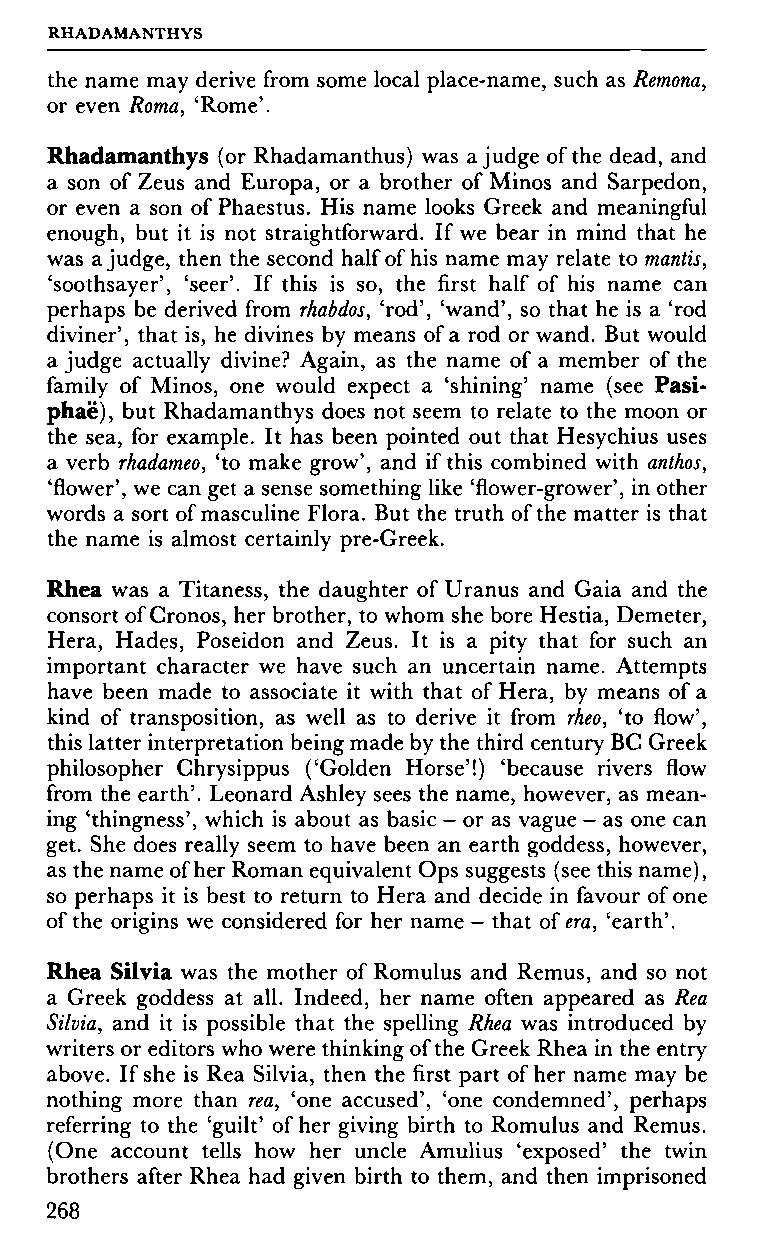
RHADAMANTHYS
 the name may derive from some local place-name, such as Remona,
 or even Roma, 'Rome'.
 Rhadamanthys (or Rhadamanthus) was a judge of the dead, and
 a son of Zeus and Europa, or a brother of Minos and Sarpedon,
 or even a son of Phaestus. His name looks Greek and meaningful
 enough, but it is not straightforward. If we bear in mind that he
 was a judge, then the second half of his name may relate to mantis,
 'soothsayer', 'seer'. If this is so, the first half of his name can
 perhaps be derived from rhabdos, 'rod', 'wand', so that he is a 'rod
 diviner', that is, he divines by means of a rod or wand. But would
 a judge actually divine? Again, as the name of a member of the
 family of Minos, one would expect a 'shining' name (see Pasi-
 phaë), but Rhadamanthys does not seem to relate to the moon or
 the sea, for example. It has been pointed out that Hesychius uses
 a verb rhadameo, 'to make grow', and if this combined with anthos,
 'flower', we can get a sense something like 'flower-grower', in other
 words a sort of masculine Flora. But the truth of the matter is that
 the name is almost certainly pre-Greek.
 Rhea was a Titaness, the daughter of Uranus and Gaia and the
 consort of Cronos, her brother, to whom she bore Hestia, Demeter,
 Hera, Hades, Poseidon and Zeus. It is a pity that for such an
 important character we have such an uncertain name. Attempts
 have been made to associate it with that of Hera, by means of a
 kind of transposition, as well as to derive it from rheo, 'to flow',
 this latter interpretation being made by the third century BC Greek
 philosopher Chrysippus ('Golden Horse'!) 'because rivers flow
 from the earth'. Leonard Ashley sees the name, however, as mean
 ing 'thingness', which is about as basic - or as vague - as one can
 get. She does really seem to have been an earth goddess, however,
 as the name of her Roman equivalent Ops suggests (see this name),
 so perhaps it is best to return to Hera and decide in favour of one
 of the origins we considered for her name - that of era, 'earth'.
 Rhea Silvia was the mother of Romulus and Remus, and so not
 a Greek goddess at all. Indeed, her name often appeared as Rea
 Silvia, and it is possible that the spelling Rhea was introduced by
 writers or editors who were thinking of the Greek Rhea in the entry
 above. If she is Rea Silvia, then the first part of her name may be
 nothing more than rea, 'one accused', 'one condemned', perhaps
 referring to the 'guilt' of her giving birth to Romulus and Remus.
 (One account tells how her uncle Amulius 'exposed' the twin
 brothers after Rhea had given birth to them, and then imprisoned
 268